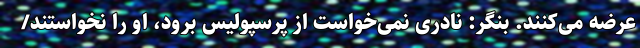
عرضه می‌کنند. بنگر: نادری نمی‌خواست از پرسپولیس برود، او را نخواستند/